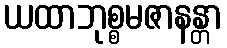
ယထာဘုစ္စမဇာနန္တာ